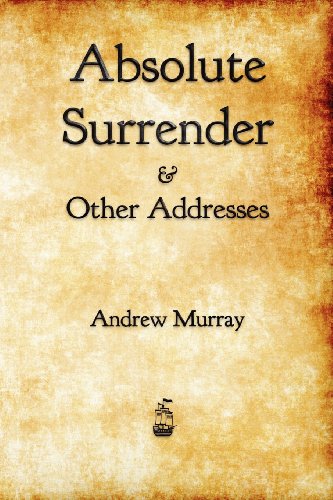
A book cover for Absolute Surrender; Andrew Murray; Christian Books & Bibles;